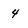
Character: 4